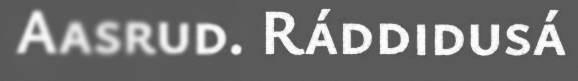
Aasrud. Ráddidusá